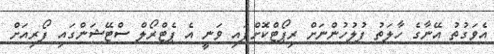
އެވަގުތު އޭނާގެ ހާލަތު ފުލުހުންނަށް ރިޕޯޓްކޮށްފައި ވަނީ އެ ޕެޓްރޯލް ސްޓޭޝަންގައި ފޯރިއަށް